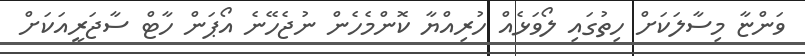
ވަންޏާ މިސާލަކަށް ހިތުގައި ލޯވަޅެއް ހުރިއްޔާ ކޮންމެހެން ނުޖެހޭނެ އޯޕަން ހާޓް ސާޖަރީއަކަށް